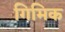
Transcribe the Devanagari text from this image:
गिमिक